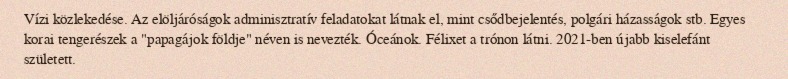
Vízi közlekedése. Az elöljáróságok adminisztratív feladatokat látnak el, mint csődbejelentés, polgári házasságok stb. Egyes korai tengerészek a "papagájok földje" néven is nevezték. Óceánok. Félixet a trónon látni. 2021-ben újabb kiselefánt született.